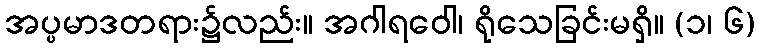
အပ္ပမာဒတရား၌လည်း။ အဂါရဝေါ၊ ရိုသေခြင်းမရှိ။ (၁၊ ၆)